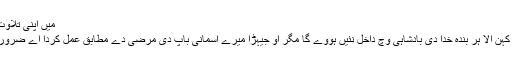
میں اپنی تلاوت نوں 21 ویں آیت توں لینا آں،
’’مینوں اے خُداوند، اے خُداوند کہن آلا ہر بندہ خُدا دی بادشاہی وِچ داخل نئیں ہووے گا مگر اُو جیہڑا میرے آسمانی باپ دی مرضی دے مطابق عمل کردا اے ضرور داخل ہووے گا‘‘ (متی7:21)۔